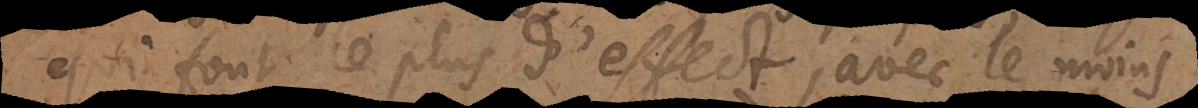
qui font le plus d’effect, avec le moins